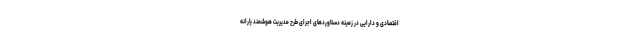
اقتصادی و دارایی در زمینه دستاوردهای اجرای طرح مدیریت هوشمند یارانه